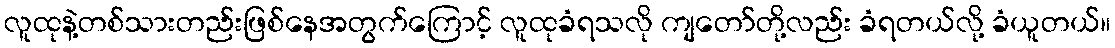
လူထုနဲ့တစ်သားတည်းဖြစ်နေအတွက်ကြောင့် လူထုခံရသလို ကျတော်တို့လည်း ခံရတယ်လို့ ခံယူတယ်။